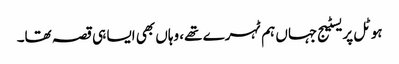
ہوٹل پریسٹیج جہاں ہم ٹہرے تھے، وہاں بھی ایسا ہی قصہ تھا۔